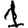
Digit: 1